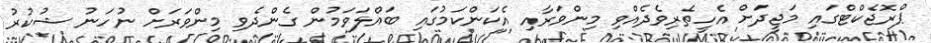
ޕްރޮޖެކްޓްގައި މަޖީދަށް އެހީތެރިވެދެއްވި މިންވަރާއި އެކަންކަމުގައި ބައްލަވަމުން ގެންދެވި މިންވަރަށް ނުހަނު ޝުކުރު